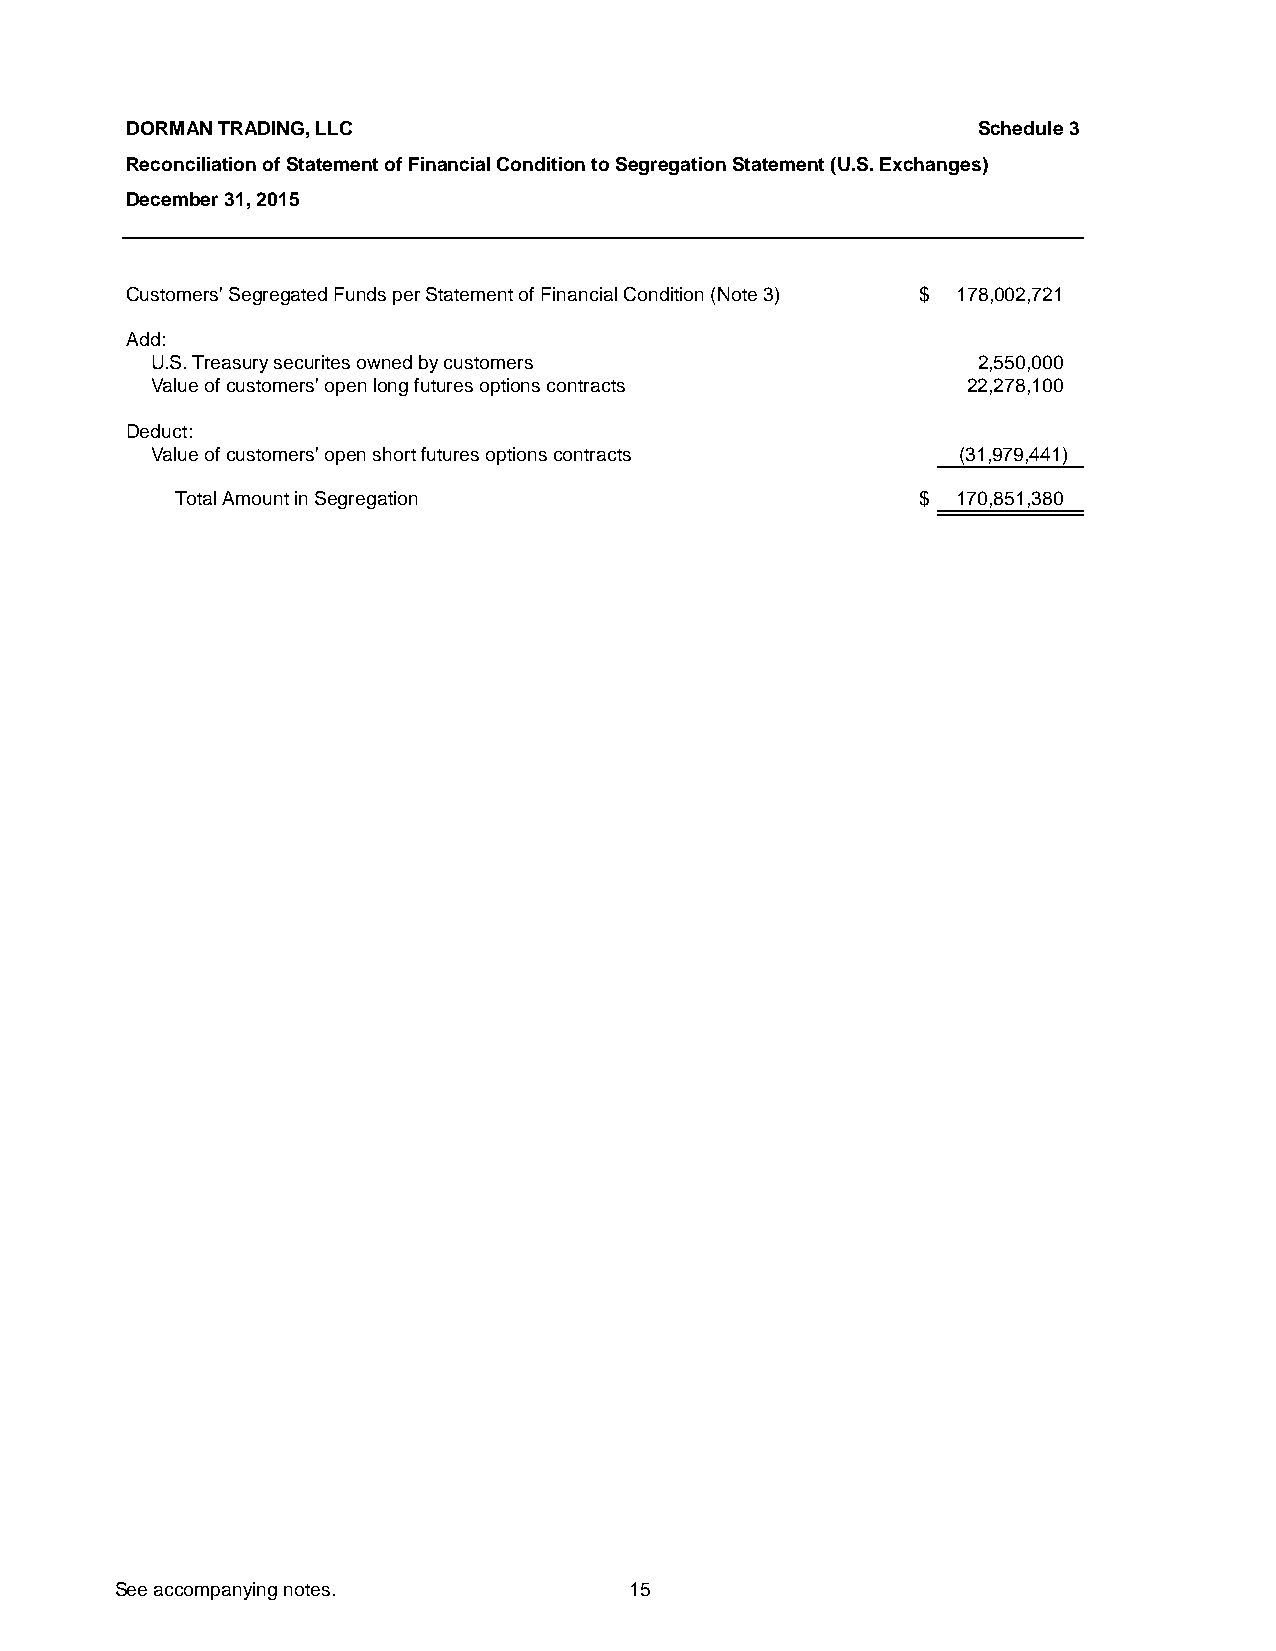
DORMAN TRADING, LLC                                     Schedule 3
 Reconciliation of Statement of Financial Condition to Segregation Statement (U.S. Exchanges)
 December 31, 2015
 Customers' Segregated Funds per Statement of Financial Condition (Note 3) $ 178,002,721
 Add:
 U.S. Treasury securites owned by customers            2,550,000
 Value of customers' open long futures options contracts 22,278,100
 Deduct:
 Value of customers' open short futures options contracts (31,979,441)
 Total Amount in Segregation                      $  170,851,380
 See accompanying notes.           15